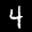
Label: 4